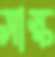
সাস্ক